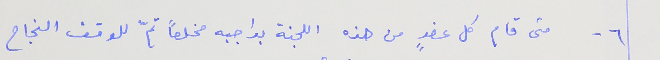
٦ - متى قام كل عضوٍ من هذه اللجنة بواجبه مخلصاً تمّ للوقف النجاح